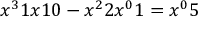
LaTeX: { x ^ { 3 } } 1 { x } 1 0 - { x ^ { 2 } } 2 { x ^ { 0 } } 1 = { x ^ { 0 } } 5